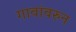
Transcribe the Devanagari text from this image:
गावांवरुन